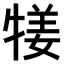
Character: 𤚖